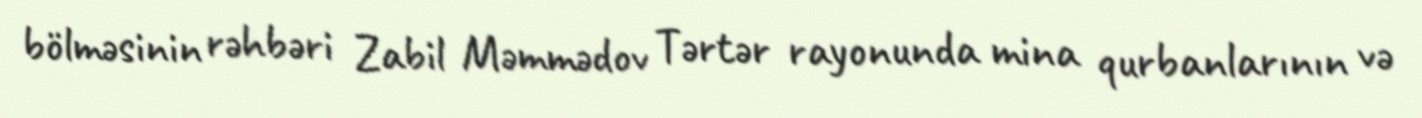
bölməsinin rəhbəri Zabil Məmmədov Tərtər rayonunda mina qurbanlarının və